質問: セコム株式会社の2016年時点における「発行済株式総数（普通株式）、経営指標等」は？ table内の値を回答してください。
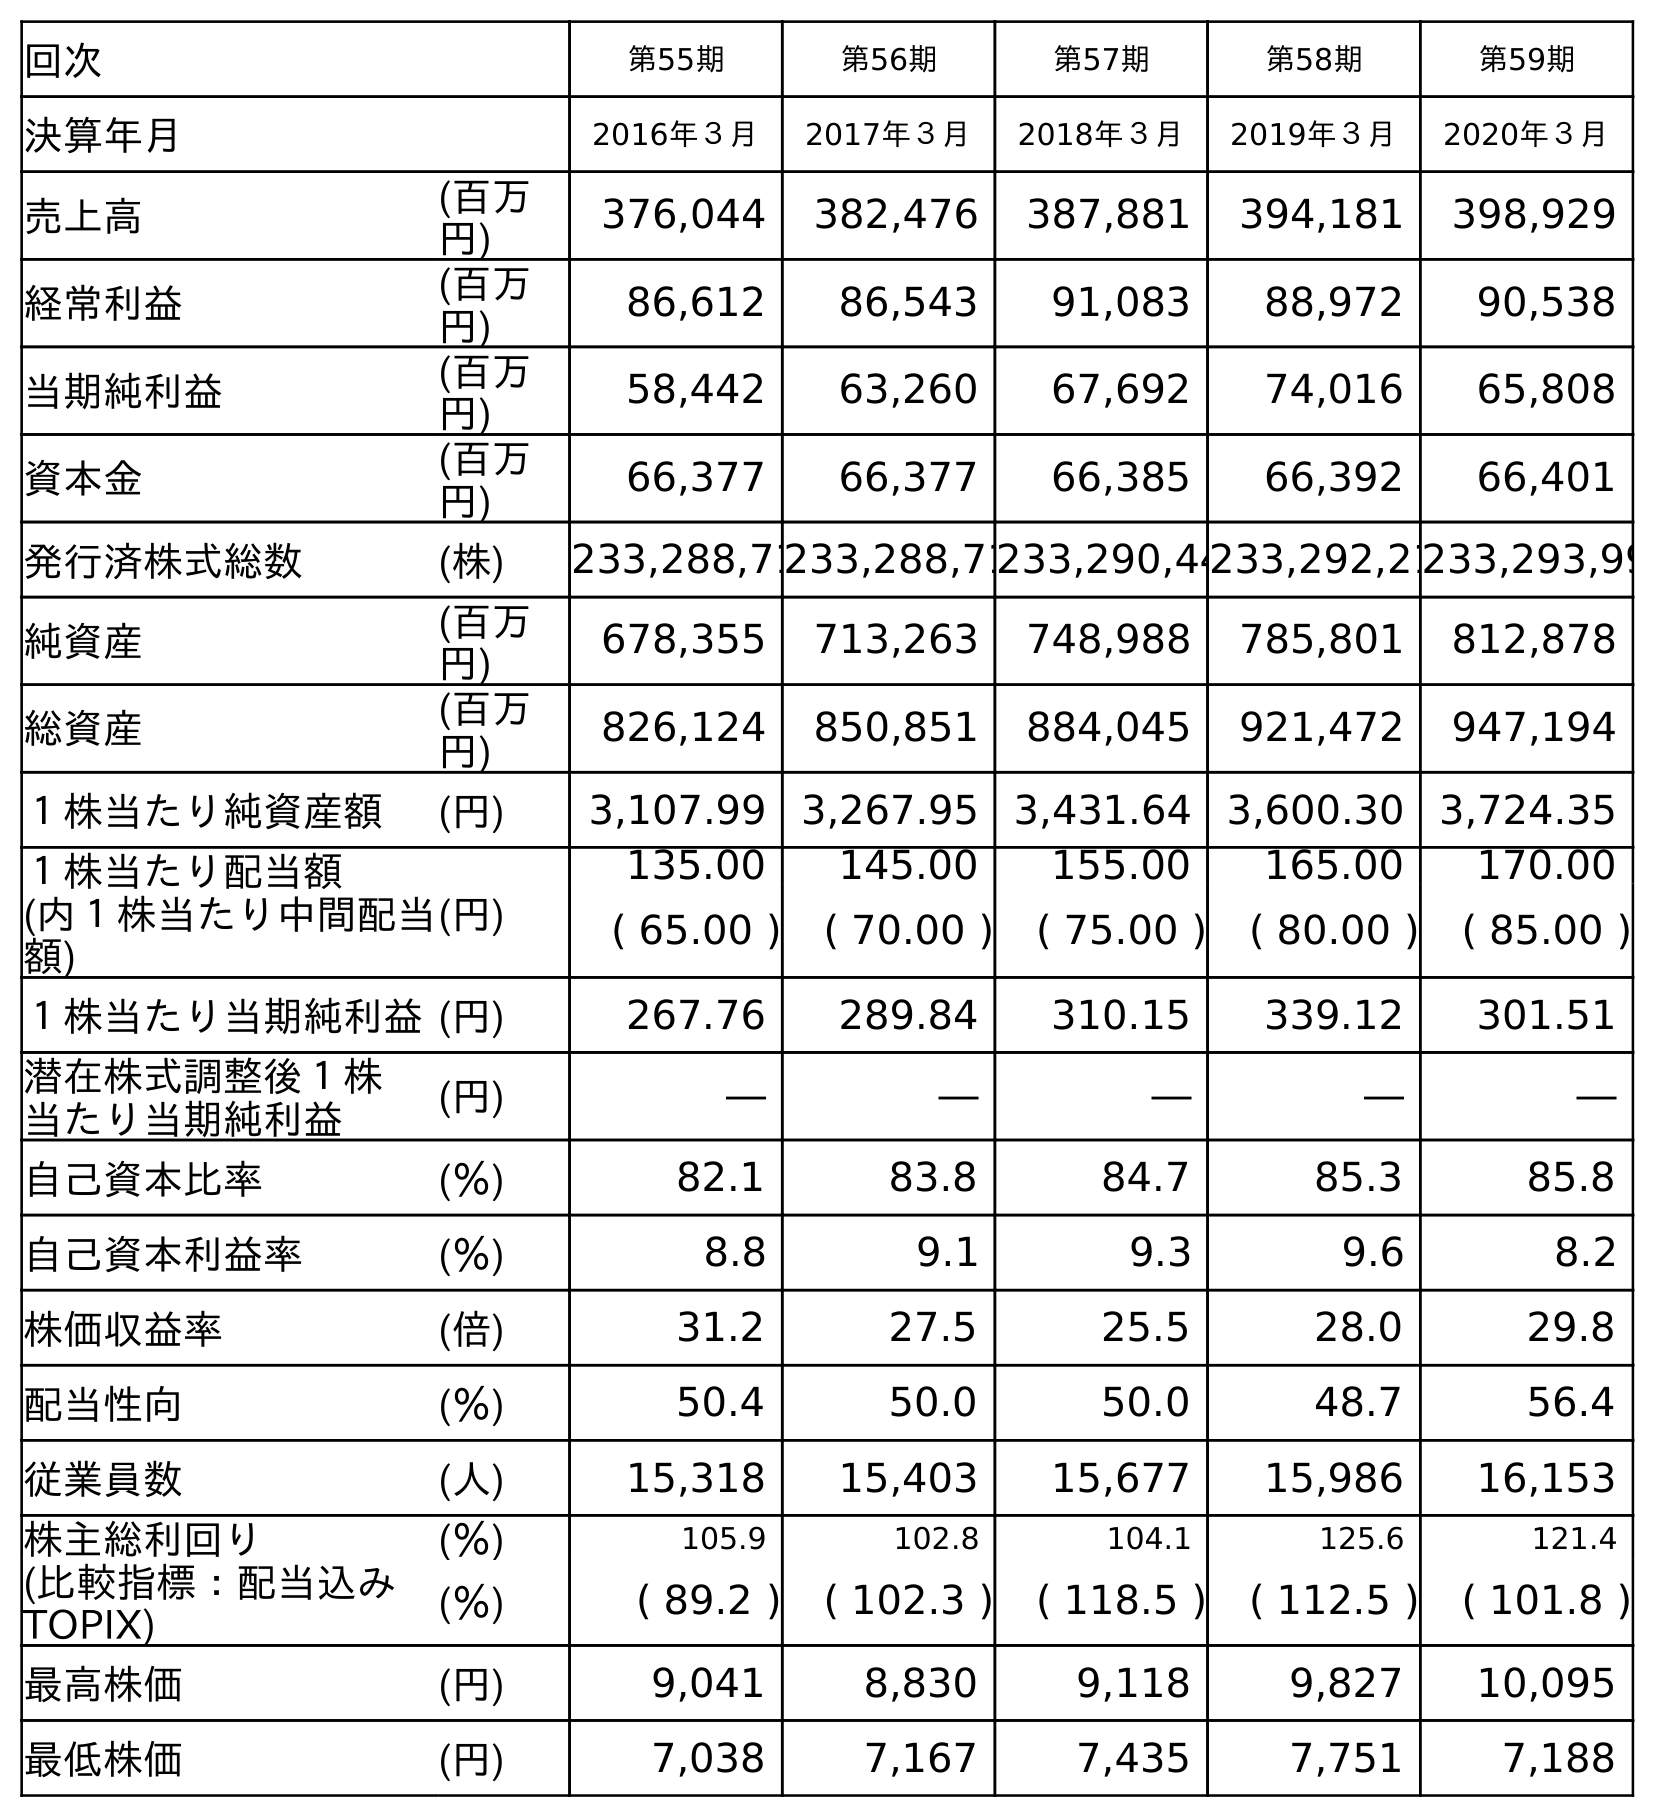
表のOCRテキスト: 回次 第55期 第56期 第57期 第58期 第59期 決算年月 2016年３月 2017年３月 2018年３月 2019年３月 2020年３月 売上高 (百万 円) 376,044 382,476 387,881 394,181 398,929 経常利益 (百万 円) 86,612 86,543 91,083 88,972 90,538 当期純利益 (百万 円) 58,442 63,260 67,692 74,016 65,808 資本金 (百万 円) 66,377 66,377 66,385 66,392 66,401 発行済株式総数 (株) 233,288,71233,288,71233,290,44233,292,21233,293,99 純資産 (百万 円) 678,355 713,263 748,988 785,801 812,878 総資産 (百万 円) 826,124 850,851 884,045 921,472 947,194 １株当たり純資産額 (円) 3,107.99 3,267.95 3,431.64 3,600.30 3,724.35 １株当たり配当額 (内１株当たり中間配当 額) (円) 135.00 145.00 155.00 165.00 170.00 ( 65.00 ) ( 70.00 ) ( 75.00 ) ( 80.00 ) ( 85.00 ) １株当たり当期純利益(円) 267.76 289.84 310.15 339.12 301.51 潜在株式調整後１株 当たり当期純利益 (円) ― ― ― ― ― 自己資本比率 (％) 82.1 83.8 84.7 85.3 85.8 自己資本利益率 (％) 8.8 9.1 9.3 9.6 8.2 株価収益率 (倍) 31.2 27.5 25.5 28.0 29.8 配当性向 (％) 50.4 50.0 50.0 48.7 56.4 従業員数 (人) 15,318 15,403 15,677 15,986 16,153 株主総利回り (％) 105.9 102.8 104.1 125.6 121.4 (比較指標：配当込み TOPIX) (％) ( 89.2 ) ( 102.3 ) ( 118.5 ) ( 112.5 ) ( 101.8 ) 最高株価 (円) 9,041 8,830 9,118 9,827 10,095 最低株価 (円) 7,038 7,167 7,435 7,751 7,188
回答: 233,288,717